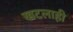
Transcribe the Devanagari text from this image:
खटलाही